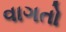
વાગતો